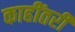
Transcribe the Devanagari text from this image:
काहींतरी